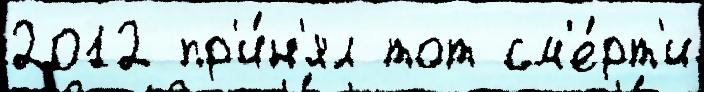
2012 пр'и́н'ял тот см'е́рт'и